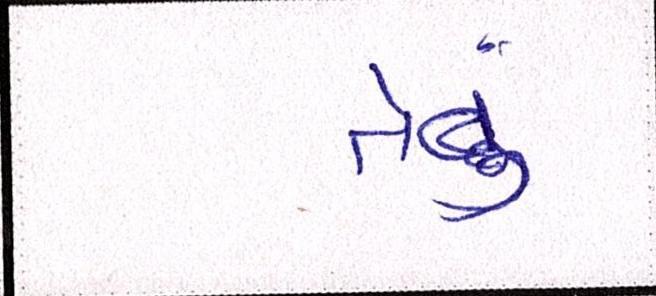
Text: તેવું